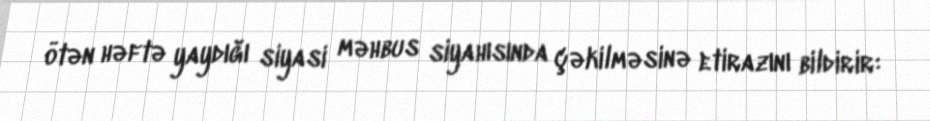
ötən həftə yaydığı siyasi məhbus siyahısında çəkilməsinə etirazını bildirir: